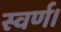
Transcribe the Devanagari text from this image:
स्वर्ण।